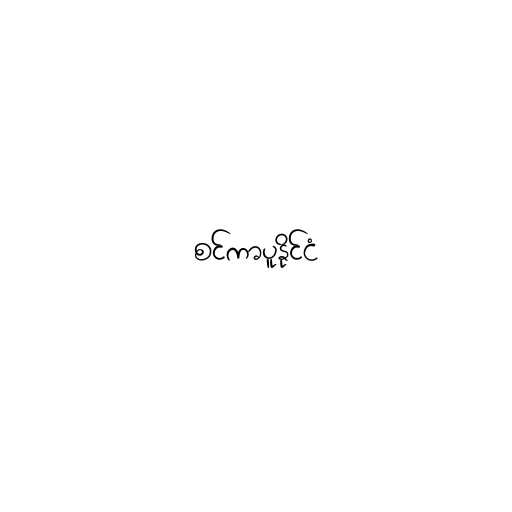
စင်ကာပူနိုင်ငံ